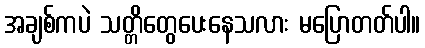
အချစ်ကပဲ သတ္တိတွေပေးနေသလား မပြောတတ်ပါ။